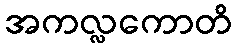
အကလ္လကောတိ